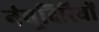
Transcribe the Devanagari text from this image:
नंबूदिरियों